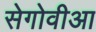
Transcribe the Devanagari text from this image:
सेगोवीआ